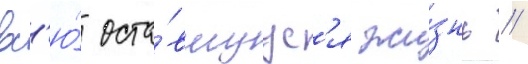
вс'ю́ оста́вшуус'я жи́знь //